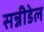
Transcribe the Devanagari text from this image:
सन्नीडेल